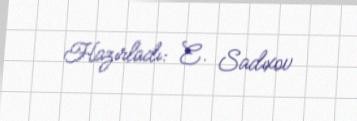
Hazırladı: E. Sadıxov